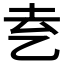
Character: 𬼝